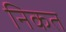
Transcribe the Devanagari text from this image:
निकत